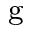
^ \mathrm { g }